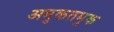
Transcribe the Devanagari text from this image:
अमुकतमुक